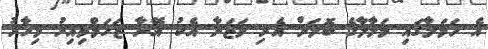
އެ ހަމަލާގައި މަލާލާގެ ބޮލަށް އެރި ވަޒަނާ އެކު އޭނާ ޒަޚަމްވިއިރު މިހާރު